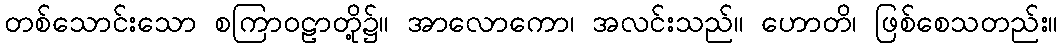
တစ်သောင်းသော စကြာဝဠာတို့၌။ အာလောကော၊ အလင်းသည်။ ဟောတိ၊ ဖြစ်စေသတည်း။